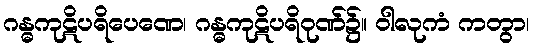
ဂန္ဓကုဋိပရိပေဏေ၊ ဂန္ဓကုဋိပရိဝုဏ်၌။ ဝါလုကံ ကတွာ၊